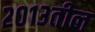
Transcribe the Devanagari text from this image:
२०१३तील